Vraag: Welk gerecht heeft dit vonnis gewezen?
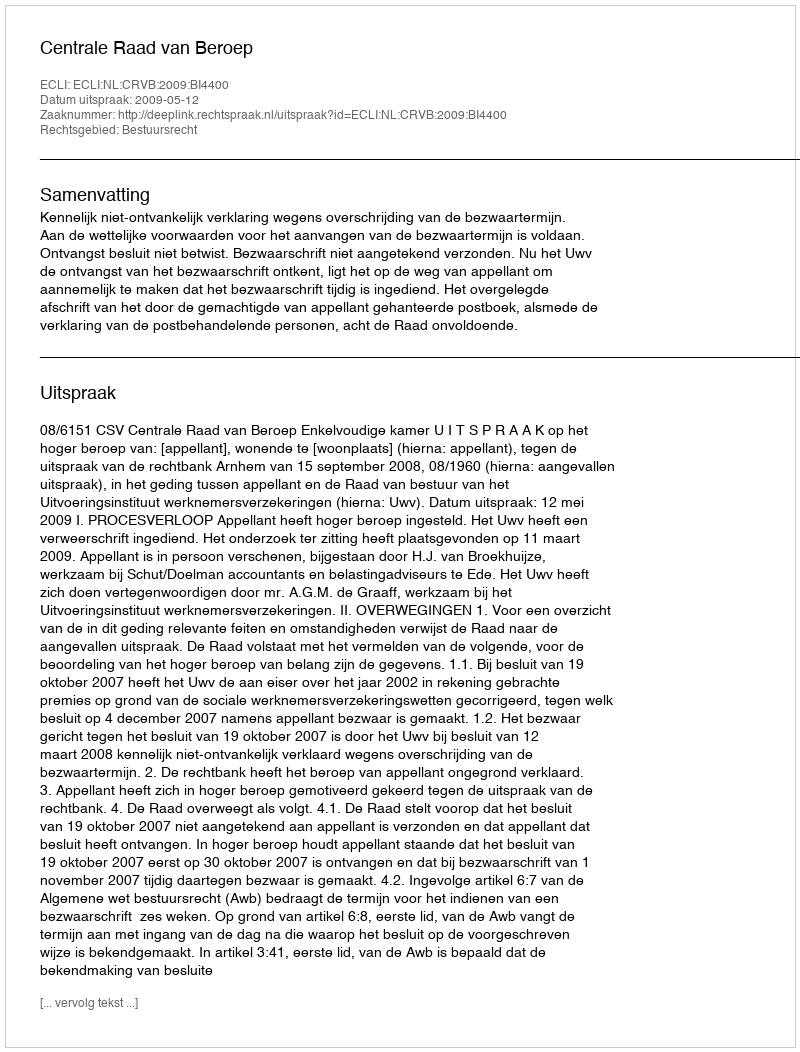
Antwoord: Centrale Raad van Beroep